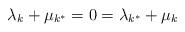
LaTeX: \begin{align*}\lambda_k+\mu_{k^*}=0=\lambda_{k^*}+\mu_{k}\end{align*}